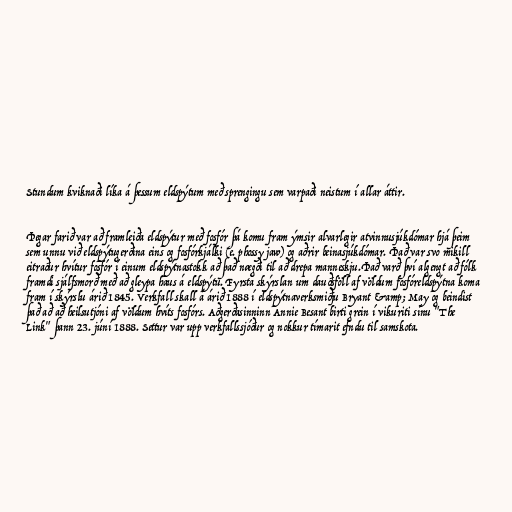
Stundum kviknaði líka á þessum eldspýtum með sprengingu sem varpaði neistum í allar áttir.

Þegar farið var að framleiða eldspýtur með fosfór þá komu fram ýmsir alvarlegir atvinnusjúkdómar hjá þeim
sem unnu við eldspýtugerðina eins og fosfórkjálki (e. phossy jaw) og aðrir beinasjúkdómar. Það var svo mikill
eitraður hvítur fosfór í einum eldspýtnastokk að það nægði til að drepa manneskju.Það varð því algengt að fólk
framdi sjálfsmorð með að gleypa haus á eldspýtu. Fyrsta skýrslan um dauðsföll af völdum fosfóreldspýtna koma
fram í skýrslu árið 1845. Verkfall skall á árið 1888 í eldspýtnaverksmiðju Bryant &amp; May og beindist
það að að heilsutjóni af völdum hvíts fosfórs. Aðgerðasinninn Annie Besant birti grein í vikuriti sínu "The
Link" þann 23. júní 1888. Settur var upp verkfallssjóður og nokkur tímarit efndu til samskota.